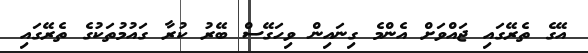
އޭގެ ތެރޭގައި ޖައްވަށް އެންމެ ގިނައިން ވިހަގޭސް ބޭރު ކުރާ ގައުމުތަކުގެ ތެރޭގައި